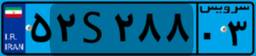
۱۸S۵۱۹۰۸